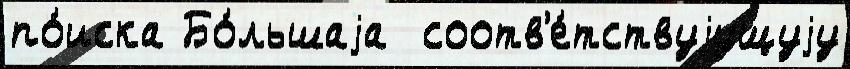
по́иска Бо́льшаjа  соотв'е́тствуjущуjу